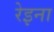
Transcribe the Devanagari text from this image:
रेइना